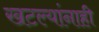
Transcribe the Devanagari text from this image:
खटल्यांनाही